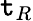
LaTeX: \mathtt{t}_{R}